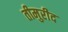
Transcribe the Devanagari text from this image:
तीमुरीद